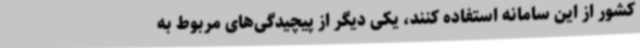
کشور از این سامانه استفاده کنند، یکی دیگر از پیچیدگی‌های مربوط به